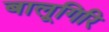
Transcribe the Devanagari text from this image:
बालूगिरि